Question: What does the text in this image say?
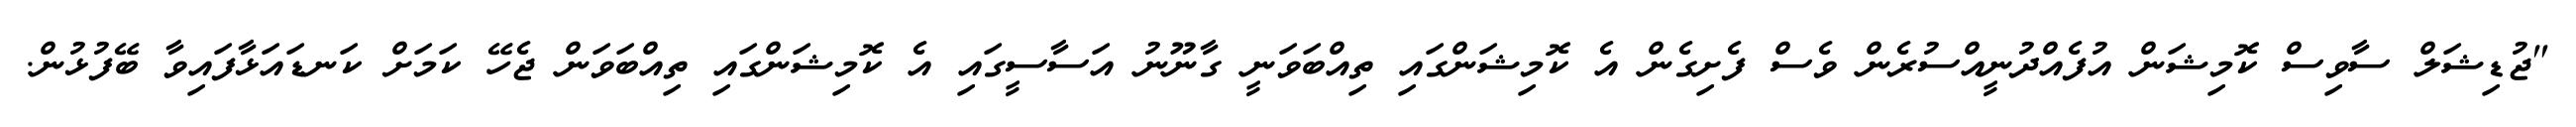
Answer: "ޖުޑިޝަލް ސާވިސް ކޮމިޝަން އުފެއްދުނީއްސުރެން ވެސް ފެށިގެން އެ ކޮމިޝަންގައި ތިއްބަވަނީ ގާނޫނު އަސާސީގައި އެ ކޮމިޝަންގައި ތިއްބަވަން ޖެހޭ ކަމަށް ކަނޑައަޅާފައިވާ ބޭފުޅުން.